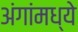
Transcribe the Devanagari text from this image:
अंगांमध्ये